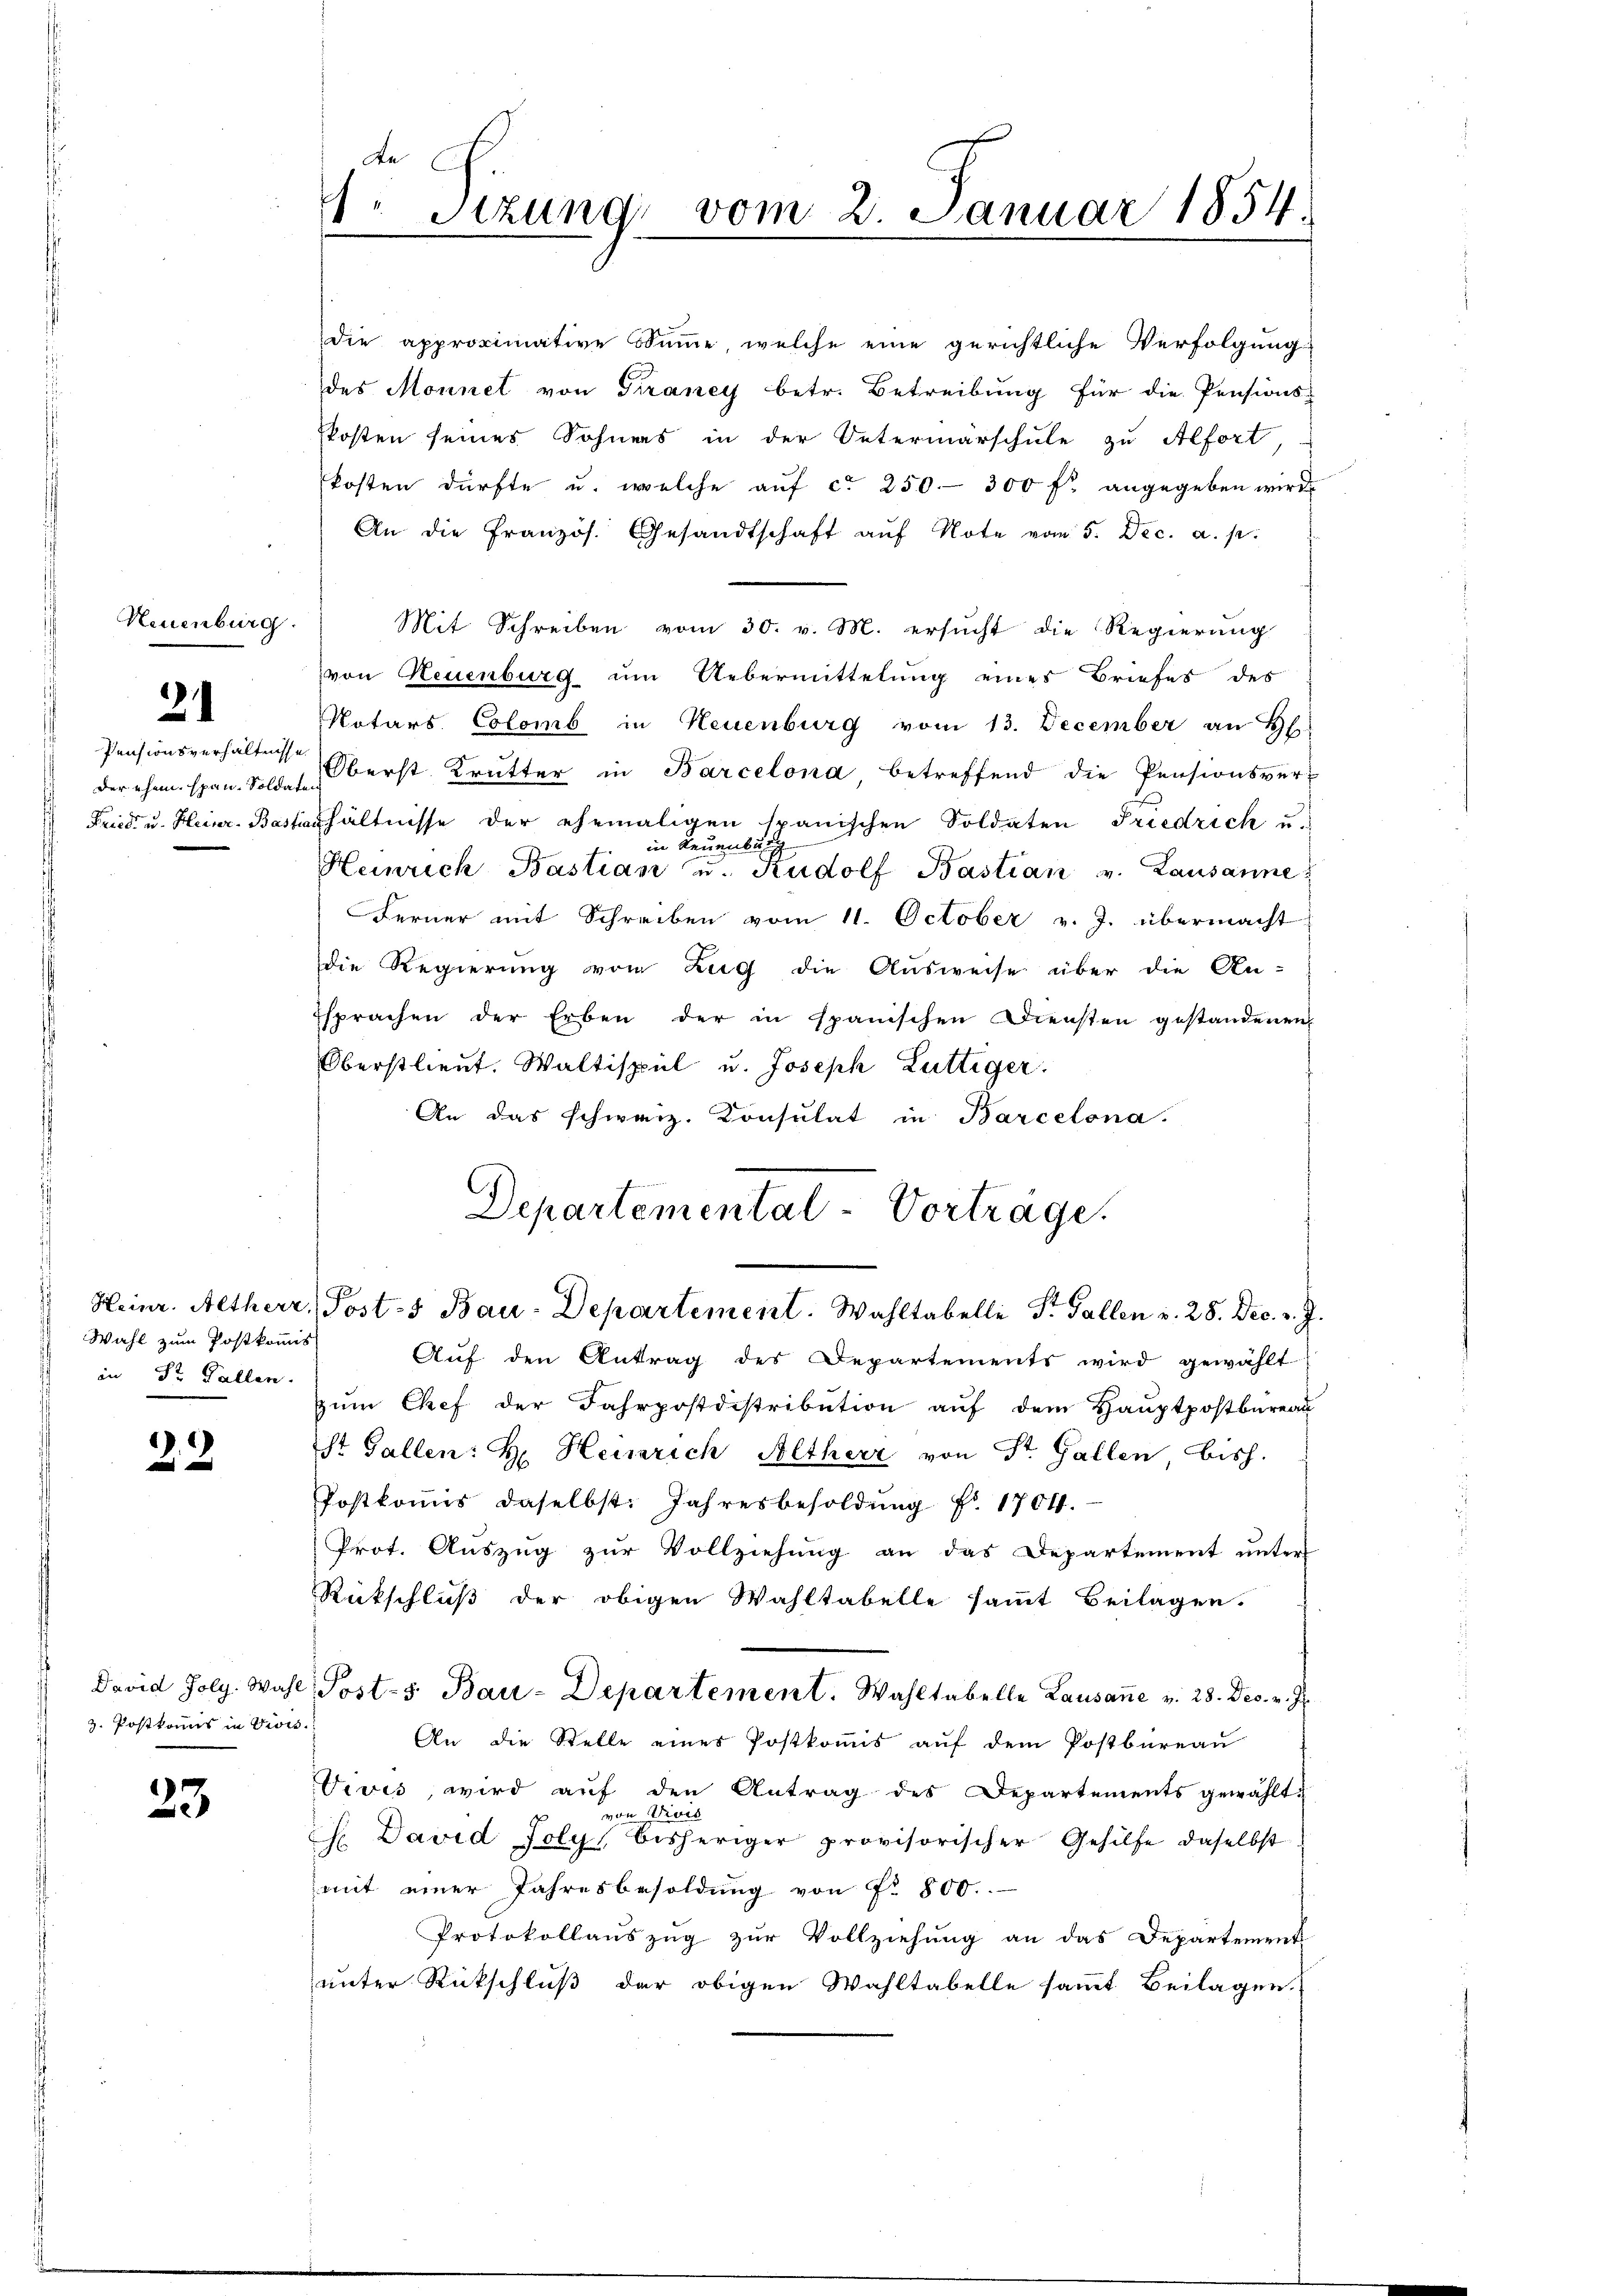
Neuenburg.

21

Pensionsverhältnisse
der ehem span, Soldat

Wahl zum Postkommis
in Dr. Fallen.

22.

David folg. Wahl
z. Postkommis in Divis.

33

de
1. Sizung vom 2. Januar 1854.

die approximative Summe, welche eine gerichtliche Verfolgung
des Monnet von Traney betr. Betreibung für die Pensions-
kosten seines Sohners in der Vetermarschule zu Alfort,
kosten dürfte u. welche aŭf ca 250. 300 fl angegeben wird
An die Französ. Gesandtschaft aŭf Note vom 5. Dec. a. p.
Mit Schreiben vom 30. v. M. ersŭcht die Regierŭng
von Neuenburg um Uebermittelung eines Briefes des
Notars Colomb in Neuenburg vom 13. December an H.
Oberst Krütter in Barcelona betreffend die Pensionsver-
Fried u. Heinr. Bastashältnisse der ehemaligen spanischen Soldaten Friedrich u.
in Neuenburg
HHeinrich Bastian u. Rudolf Bastian v. Lausanne
Ferner mit Schreiben vom 11. October v. J. übermacht
die Regierung vom Zug die Ausweise über die An-
Esprachen der Erben der in spanischen Diensten gestandenen
Oberstlieut. Waltispiel u. Joseph Lüttiger.
An das schweiz. Konsulat in Barcelona.
Departemental-Vorträge.
Heinr. Altherr, Posts Bau-Departement. Wahltabelle St. Gallen u. 28. Dec. v. J.
Auf den Antrag des Departements wird gewählt
zum Chef der Fahrpostdistribution auf dem Hauptpostbureau
St. Gallen: H. Heinrich Altherr von St. Gallen, bish
Postkoṁis daselbst: Jahresbesoldŭng Nr. 1701.
Prot. Auszug zur Vollziehung an das Departement unter
Rückschluß der obigen Wahltabelle sammt Beilagen.
Posts Bau-Departement. Wahltabelle Lausanne v. 28. Dec. v. J.
An die Stelle einer Postkomis auf dem Postbureau
Vivis, wird auf den Antrag des Departements gewählt:
von Divis
H. David Poly bisheriger provisorischer Gehilfe daselbst
mit einer Jahresbesoldŭng von P. 800.
Protokollauszug zur Vollziehung an das Departement
unter Rückschluß der obigen Wahltabelle sammt Beilagen.